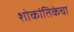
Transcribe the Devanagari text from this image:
शोकांतिकेचा